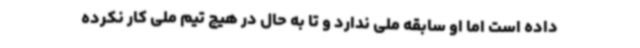
داده است اما او سابقه ملی ندارد و تا به حال در هیچ تیم ملی کار نکرده